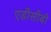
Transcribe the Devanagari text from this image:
एडीसीबी